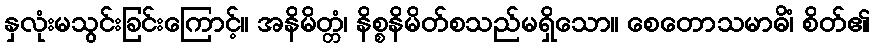
နှလုံးမသွင်းခြင်းကြောင့်။ အနိမိတ္တံ၊ နိစ္စနိမိတ်စသည်မရှိသော။ စေတောသမာဓိံ၊ စိတ်၏